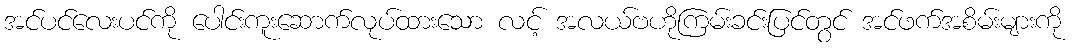
အင်ပင်လေးပင်ကို ပေါင်းကူးဆောက်လုပ်ထားသော လင့် အလယ်ဗဟိုကြမ်းခင်းပြင်တွင် အင်ဖက်အစိမ်းများကို